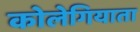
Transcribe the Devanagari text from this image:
कोलेगियाता